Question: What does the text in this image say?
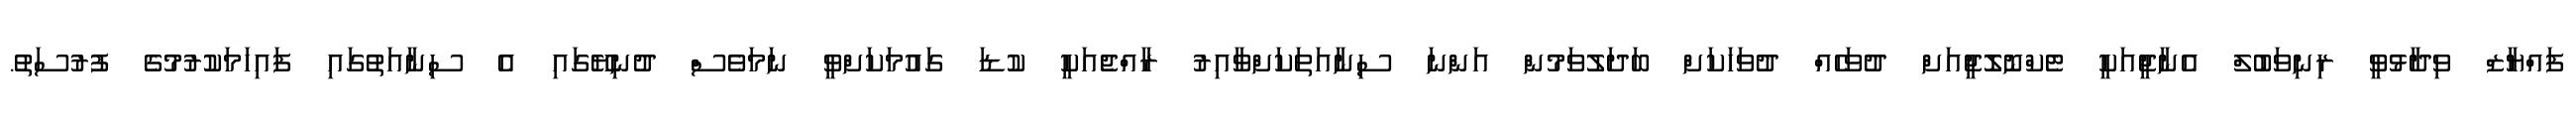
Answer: ފައްޔާޒް ވިދާޅުވީ ރިނިވަބުލް އެނާޖީއަކީ ޓެކްނޮލޮޖީއަށް ދުވަހެއް ދުވަހަކަށް ބަދަލުވަމުން އަންނަ ސިނާއަތަކަށްވާއިރު ރާއްޖެއަކީ ކުޑަ ގައުމަކަށްވީ ނަމަވެސް ދުނިޔޭގައި އެ ސިނާއަތުގައި ފައިހަމަކުރުމުގެ ފުރުސަތު.